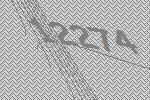
12274